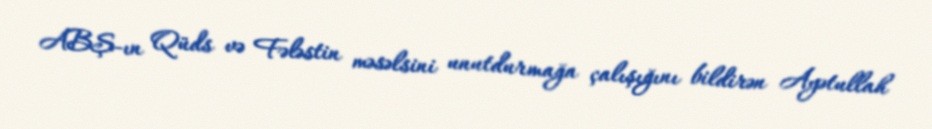
ABŞ-ın Qüds və Fələstin məsəlsini unutdurmağa çalışığını bildirən Ayətullah